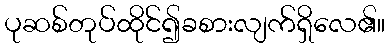
ပုဆစ်တုပ်ထိုင်၍ခစားလျက်ရှိလေ၏။